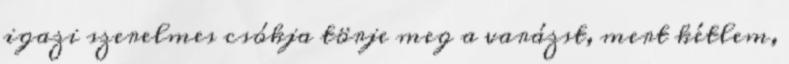
igazi szerelmes csókja törje meg a varázst, mert kétlem,